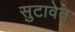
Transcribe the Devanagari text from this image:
सुटावेत